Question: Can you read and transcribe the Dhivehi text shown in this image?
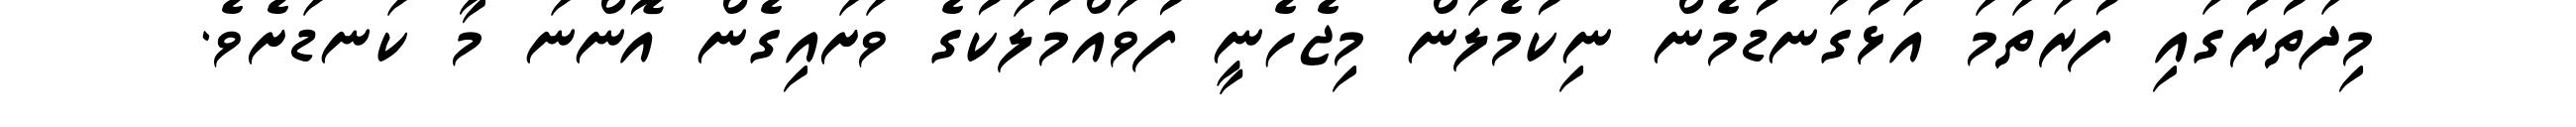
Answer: މިދަތުރުގައި ފުރަތަމަ އަޅުގަނޑުމެން ނިކުމެލަން މިޖެހެނީ ފުވައްމުލަކުގެ ވަށައިގެން އޮންނަ މާ ކަނޑަށެވެ.